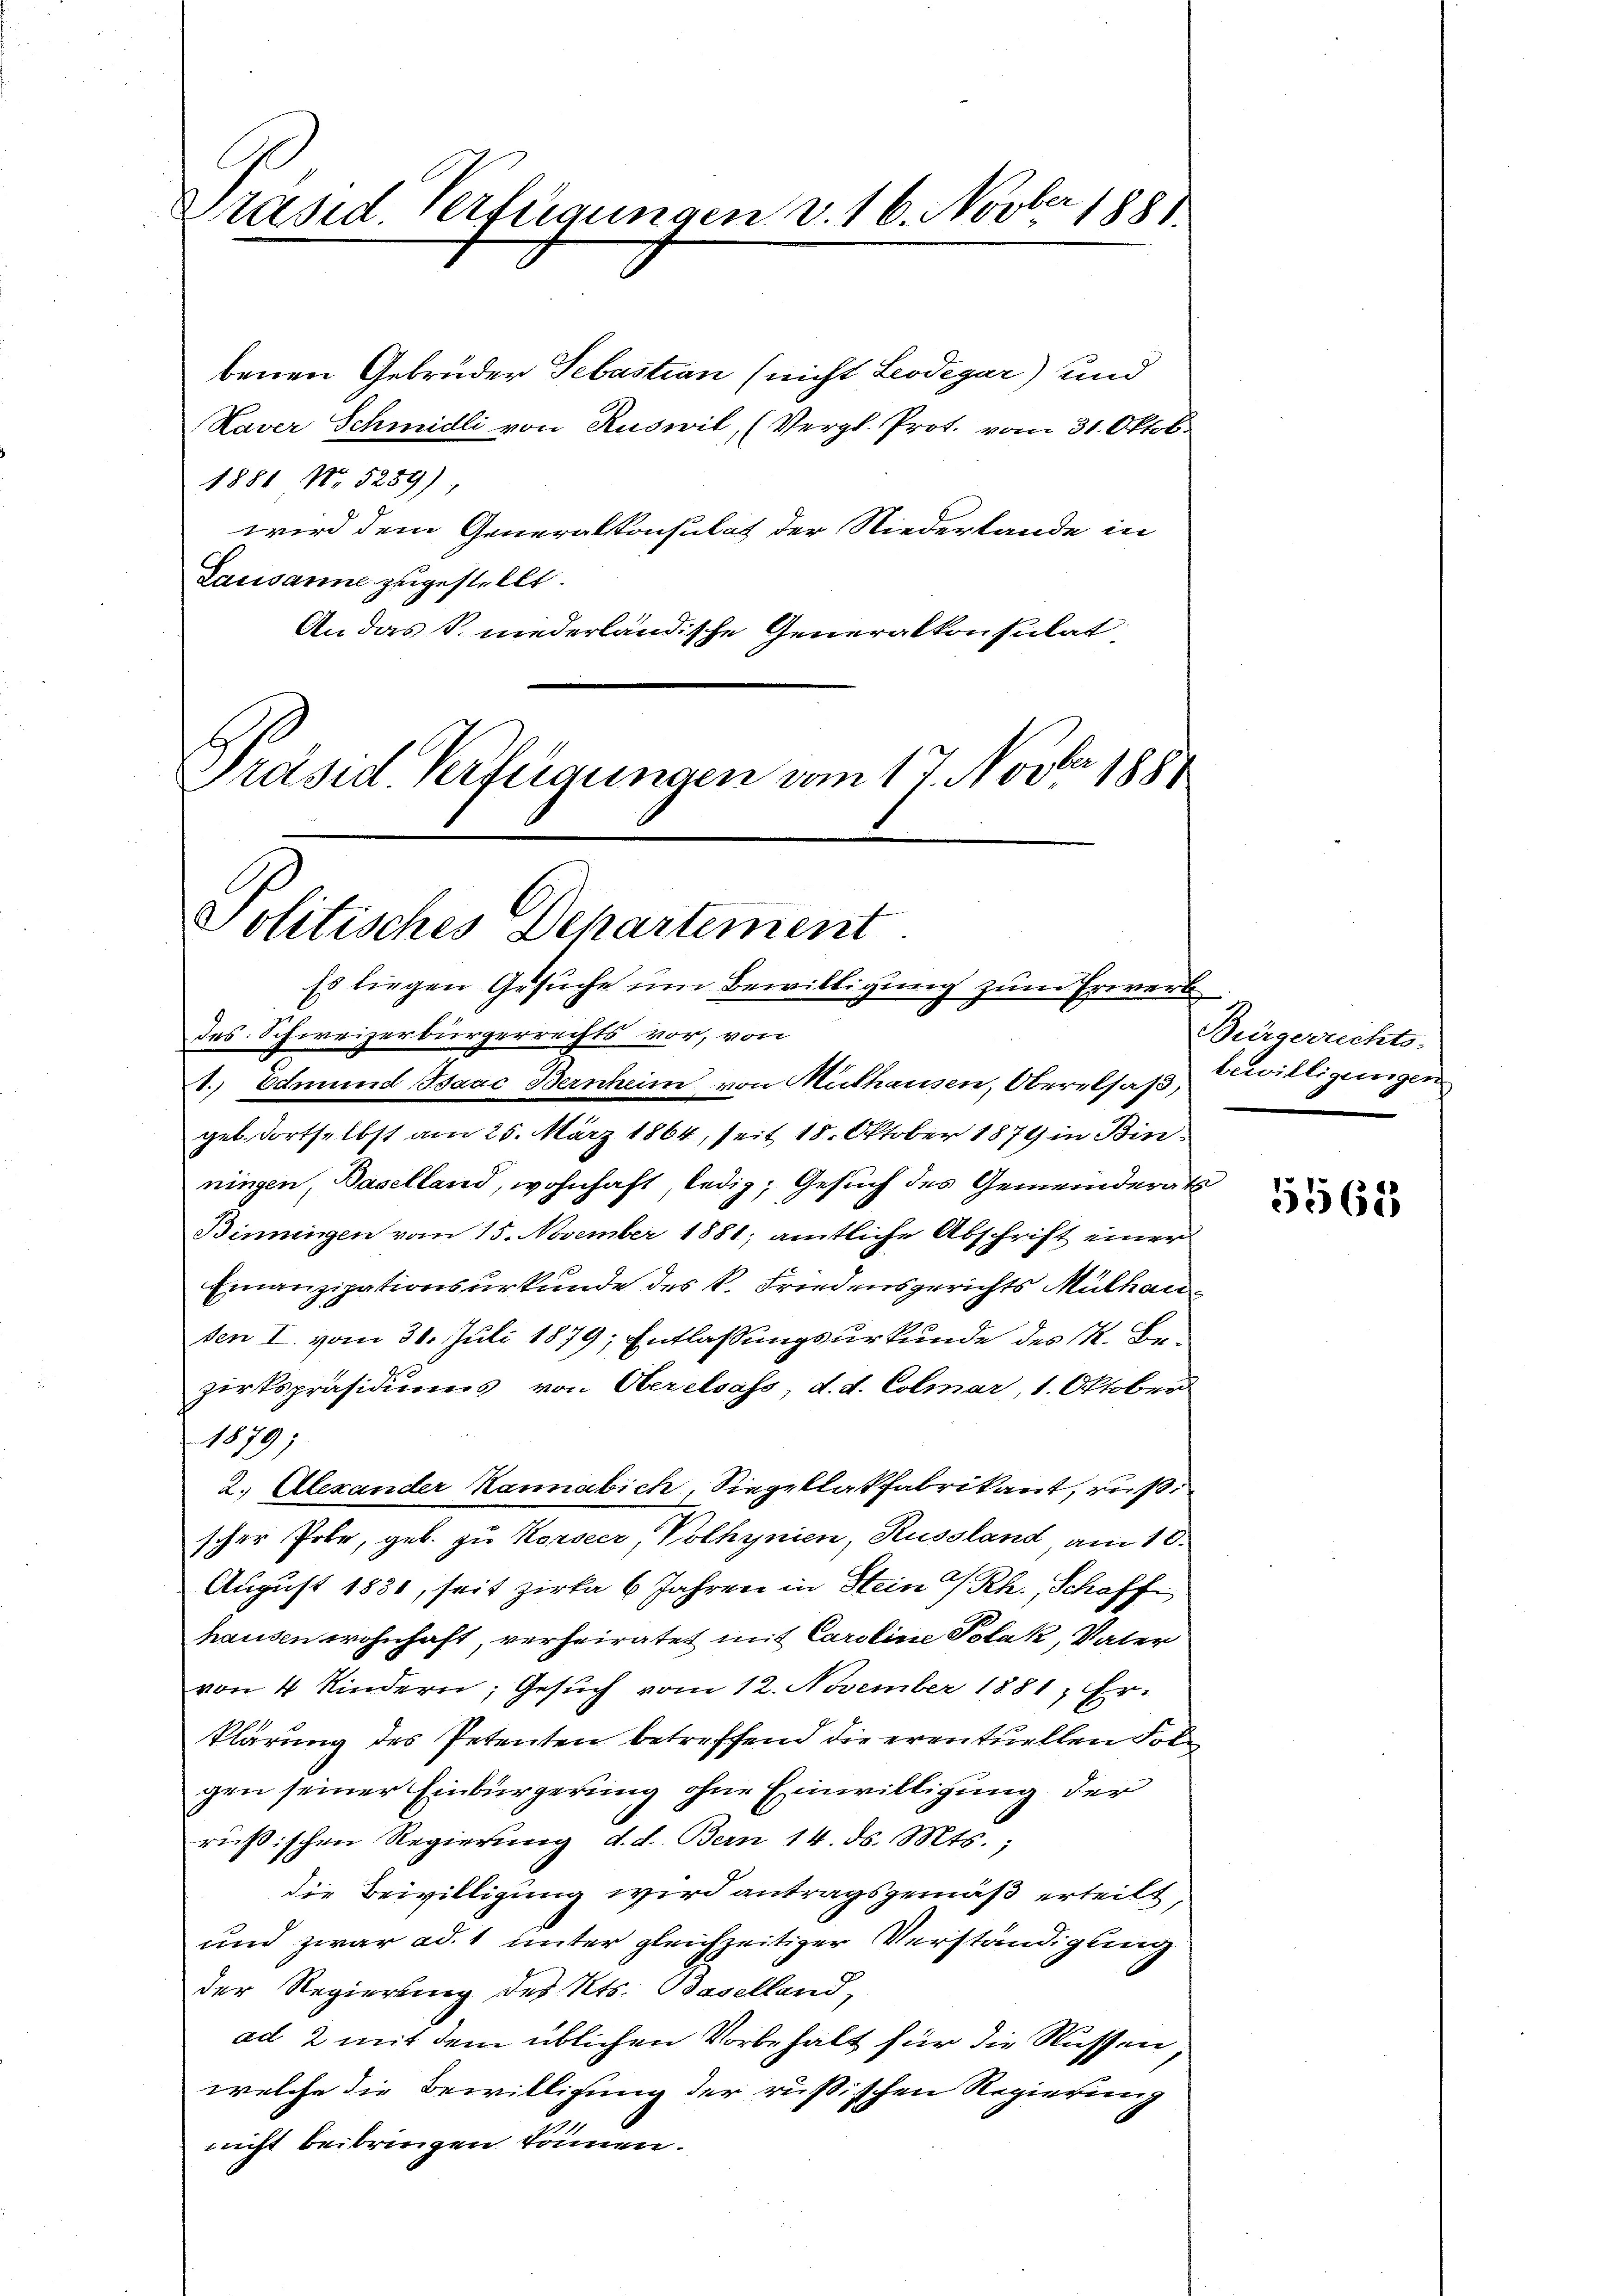
Präsid. Verfügungen v. 16. Novber 1881.

benen Gebrüder Sebastian (nicht Leodegar) und
Kaver Schmidli von Ruswil, (Vergl. Prot. vom 31. Oktob.
1881 No 5259)
wird dem Generalkonsulat der Niederlande in
Lausanne zugestellt.
An das S. niederländische Generalkonsulat
Präsid. Verfügungen vom 17. Novbr. 1881

Politisches Departement.
Es liegen Gesuche um Bewilligung zum Erwerb

des Schweizerbürgerrechts vor, von
T. Edmund Isaac Bernheim von Mithausen, Oberalsaß, Bewilligungen
gel, dortselbst am 25. März 1864, seit 18. Oktober 1879 in Binningen, Baselland, wohnhaft ledig, Gesuch des Gemeinderath
Binningen vom 15. November 1881; amtliche Abschrift einer
Finanzipationsurkunde des k. Friedensgerichts Mülhausen I. vom 30. Juli 1879; Entlassungsurkunde des K. Bezirkspräsidiums von Oberelsass, d. d. Colmar, 1. Oktober
1879;
2. Alexander Kannabich, Siegellakfabrikant, rußischer Pobe, geb. zu Korseer, Volhynien, Russland, am 10.
August 1831, seit zirka 6 Jahren in Stein Rh., Schaff
hausen wohnhaft, verheiratet mit Caroline Polak, Vater
von 4 Kindern, Gesuch vom 12. November 1881, Er-
klärung des Petenten betreffend die eventuellen Folgen seiner Einbürgerung ohne Einwilligung der
rüßischen Regierung d. d. Bern 14. ds. Mts.,
die Bewilligung wird antragsgemäß erteilt,
und zwar ad. 1 unter gleichzeitiger Verständigung
der Regierung des Kts. Baselland,
ad 2 mit dem üblichen Vorbehalt für die Nüssen
welche die Bewilligung der russischen Regierung
nicht beibringen können.

Bürgerrichts-

5562